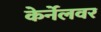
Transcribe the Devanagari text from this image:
केर्नेलवर